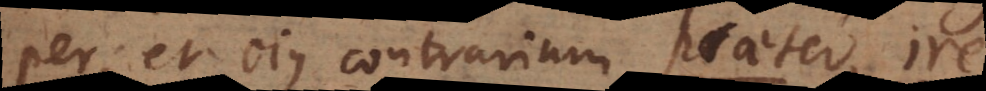
per, et ejus contrarium praeter-ire.